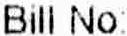
BILL NO: